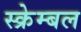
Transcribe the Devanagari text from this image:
स्क्रेम्बल